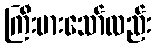
ကြီးမားသော်လည်း